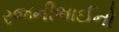
રજનીભાઈનો